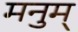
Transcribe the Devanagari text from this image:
मनुम्‌